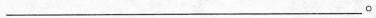
___。